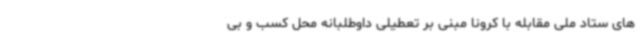
های ستاد ملی مقابله با کرونا مبنی بر تعطیلی داوطلبانه محل کسب و بی